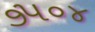
૭૫૦૪